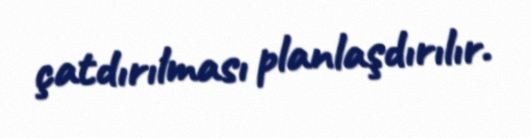
çatdırılması planlaşdırılır.